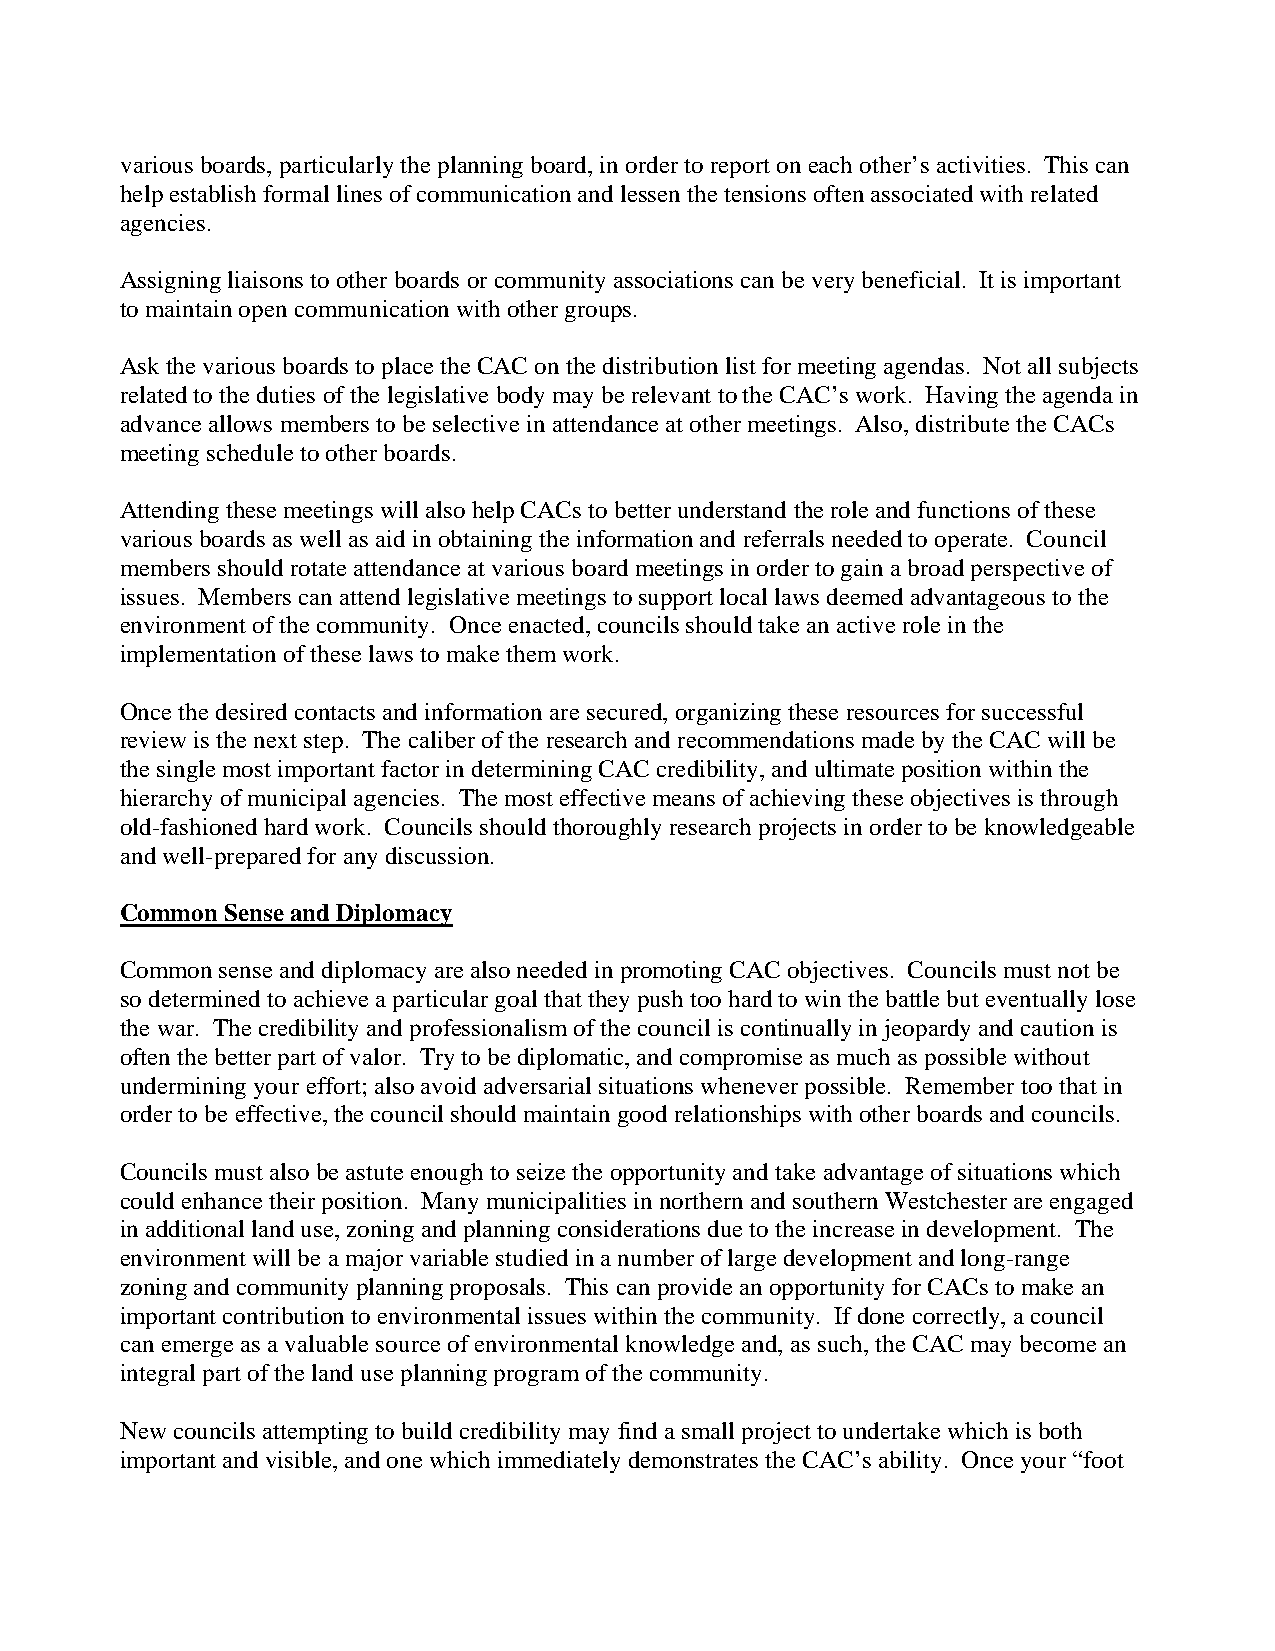
various boards, particularly the planning board, in order to report on each other’s activities. This can
 help establish formal lines of communication and lessen the tensions often associated with related
 agencies.
 Assigning liaisons to other boards or community associations can be very beneficial. It is important
 to maintain open communication with other groups.
 Ask the various boards to place the CAC on the distribution list for meeting agendas. Not all subjects
 related to the duties of the legislative body may be relevant to the CAC’s work. Having the agenda in
 advance allows members to be selective in attendance at other meetings. Also, distribute the CACs
 meeting schedule to other boards.
 Attending these meetings will also help CACs to better understand the role and functions of these
 various boards as well as aid in obtaining the information and referrals needed to operate. Council
 members should rotate attendance at various board meetings in order to gain a broad perspective of
 issues. Members can attend legislative meetings to support local laws deemed advantageous to the
 environment of the community. Once enacted, councils should take an active role in the
 implementation of these laws to make them work.
 Once the desired contacts and information are secured, organizing these resources for successful
 review is the next step. The caliber of the research and recommendations made by the CAC will be
 the single most important factor in determining CAC credibility, and ultimate position within the
 hierarchy of municipal agencies. The most effective means of achieving these objectives is through
 old-fashioned hard work. Councils should thoroughly research projects in order to be knowledgeable
 and well-prepared for any discussion.
 Common Sense and Diplomacy
 Common sense and diplomacy are also needed in promoting CAC objectives. Councils must not be
 so determined to achieve a particular goal that they push too hard to win the battle but eventually lose
 the war. The credibility and professionalism of the council is continually in jeopardy and caution is
 often the better part of valor. Try to be diplomatic, and compromise as much as possible without
 undermining your effort; also avoid adversarial situations whenever possible. Remember too that in
 order to be effective, the council should maintain good relationships with other boards and councils.
 Councils must also be astute enough to seize the opportunity and take advantage of situations which
 could enhance their position. Many municipalities in northern and southern Westchester are engaged
 in additional land use, zoning and planning considerations due to the increase in development. The
 environment will be a major variable studied in a number of large development and long-range
 zoning and community planning proposals. This can provide an opportunity for CACs to make an
 important contribution to environmental issues within the community. If done correctly, a council
 can emerge as a valuable source of environmental knowledge and, as such, the CAC may become an
 integral part of the land use planning program of the community.
 New councils attempting to build credibility may find a small project to undertake which is both
 important and visible, and one which immediately demonstrates the CAC’s ability. Once your “foot